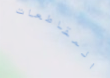
المقاطعات